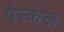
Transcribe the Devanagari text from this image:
पैस्केल